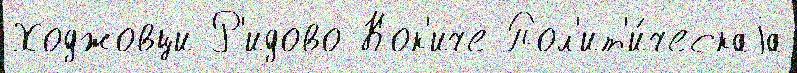
Ходжовци Р'идово Кок'иче Пол'ит'и́ческаjа